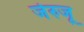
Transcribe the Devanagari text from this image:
जेरुजू